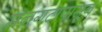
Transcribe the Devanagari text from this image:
मनगटापासून